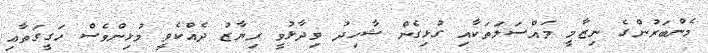
މެންބަރުންގެ ނިޒާމީ މައްސަލަތަކާއި ގުޅިގެން ޝާހިދު ވިދާޅުވީ ރިޔާޒު ދެއްކެވީ މުޅިންވެސް ހަގީގަތާއި